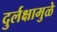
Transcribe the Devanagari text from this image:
दुर्लक्षामुळे